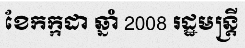
ខែកក្កដា ឆ្នាំ 2008 រដ្ឋមន្ត្រី